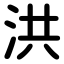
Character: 洪